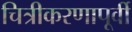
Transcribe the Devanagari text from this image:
चित्रीकरणापूर्वी